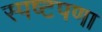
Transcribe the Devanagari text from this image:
स्पष्टपणा